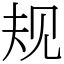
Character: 规